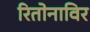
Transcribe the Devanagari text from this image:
रितोनाविर